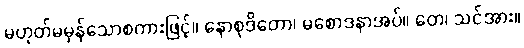
မဟုတ်မမှန်သောစကားဖြင့်။ နောစုဒိတော၊ မစောဒနာအပ်။ တေ၊ သင်အား။